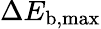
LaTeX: \Delta E_{\mathrm{b,max}}